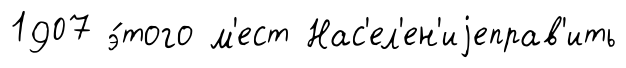
1907 э́того м'ест Нас'ел'ен'иjеправ'ить